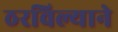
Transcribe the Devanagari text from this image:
ठरविल्याने